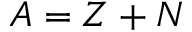
A = Z + N